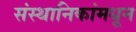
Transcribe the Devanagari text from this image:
संस्थानिकांमधून